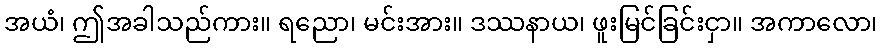
အယံ၊ ဤအခါသည်ကား။ ရညော၊ မင်းအား။ ဒဿနာယ၊ ဖူးမြင်ခြင်းငှာ။ အကာလော၊